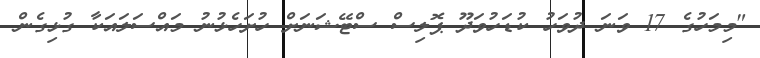
"މިމަހުގެ 17 ވަނަ ދުވަހު ކުޑަހުވަދޫ ޕޮލިސް ސްޓޭޝަނަށް ހުށަހެޅުނު މައްސަލައަކާ ގުޅިގެން